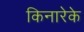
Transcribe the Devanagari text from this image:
किनारेके